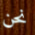
نحن